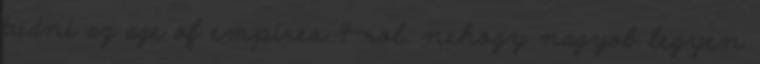
tudni az age of empires 4-rol. nehogy nagyob legyen